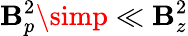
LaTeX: \mathbf{B}_{p}^{2}\simp\ll\mathbf{B}_{z}^{2}